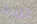
حزينة